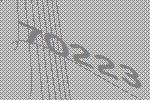
70223